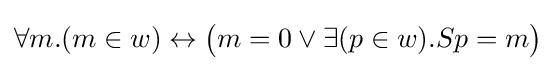
\forall m.(m\in w)\leftrightarrow {\big (}m=0\lor \exists (p\in w).Sp=m{\big )}